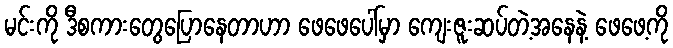
မင်းကို ဒီစကားတွေပြောနေတာဟာ ဖေဖေပေါ်မှာ ကျေးဇူးဆပ်တဲ့အနေနဲ့ ဖေဖေ့ကို